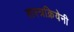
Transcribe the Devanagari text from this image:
शस्त्रक्रियेनी